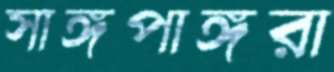
সাঙ্গপাঙ্গরা